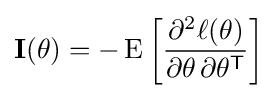
\mathbf {I} (\mathbf {\theta } )=-\operatorname {E} \left[{\frac {\partial ^{2}\ell (\mathbf {\theta } )}{\partial \mathbf {\theta } \,\partial \mathbf {\theta } ^{\mathsf {T}}}}\right]